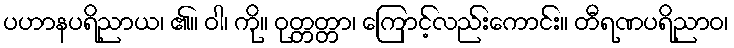
ပဟာနပရိညာယ၊ ၏။ ဝါ၊ ကို။ ဝုတ္တတ္တာ၊ ကြောင့်လည်းကောင်း။ တီရဏပရိညာဝ၊